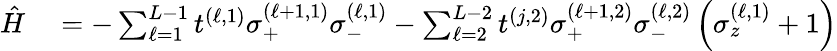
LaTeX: \begin{array}{rl}{\hat{H}}&{{}=-\sum_{\ell=1}^{L-1}t^{(\ell,1)}\sigma_{+}^{(\ell+1,1)}\sigma_{-}^{(\ell,1)}-\sum_{\ell=2}^{L-2}t^{(j,2)}\sigma_{+}^{(\ell+1,2)}\sigma_{-}^{(\ell,2)}\left(\sigma_{z}^{(\ell,1)}+1\right)}\end{array}